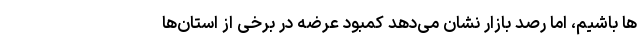
ها باشیم، اما رصد بازار نشان می‌دهد کمبود عرضه در برخی از استان‌ها